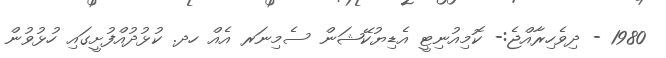
1980 - ދިވެހިރާއްޖެ:- ކޮމިއުނިޓީ އެޑިޔުކޭޝަން ސެމިނަރ އެއް ހދ. ކުޅުދުއްފުށީގައި ހުޅުވުން